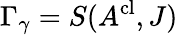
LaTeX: \Gamma_{\gamma}=S(A^{\mathrm{cl}},J)\;